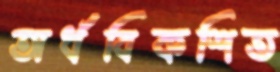
অর্ধবিকশিত